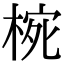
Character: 𭪮